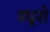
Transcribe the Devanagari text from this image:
ड्यूशे